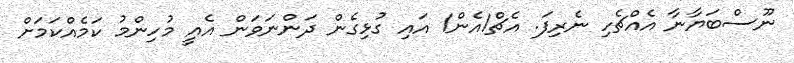
ނޫސްބަޔާނާ އެއްޗެހި ނެރިފަ. އެޗް1އެން1 އައި ގުޅިގެން ދަންނަވަން އެއީ މުހިންމު ކަމެއްކަމަށް